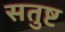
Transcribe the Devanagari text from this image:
सतुष्ट